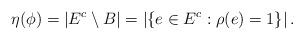
LaTeX: \begin{align*}\eta(\phi)=|E^c \setminus B|=\left| \{ e \in E^c : \rho(e)= 1 \} \right|.\end{align*}